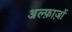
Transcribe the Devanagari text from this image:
अल्फ़ाज़ों